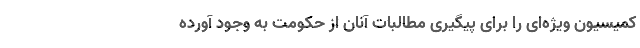
کمیسیون ویژه‌ای را برای پیگیری مطالبات آنان از حکومت به وجود آورده